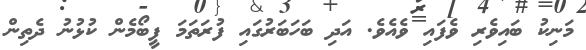
މަނިކު ބައިވެރި ވެފައި ވެއެވެ. އަދި ބަހަބަރުގައި ފުރަތަމަ ފީބޯމެން ކުޅުނު ދެތިން